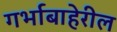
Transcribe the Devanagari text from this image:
गर्भाबाहेरील